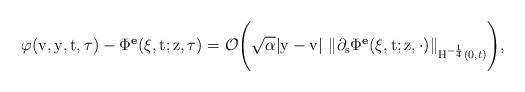
LaTeX: \begin{align*}\varphi(\mathrm{v},\mathrm{y},\mathrm{t}, \tau)-\Phi^{\textbf{e}}(\xi,\mathrm{t};\mathrm{z},\tau) = \mathcal{O}\Bigg(\sqrt{\alpha}|\mathrm{y}-\mathrm{v}| \ \Vert \partial_\mathrm{s}\Phi^{\textbf{e}}(\xi,\mathrm{t};\mathrm{z},\cdot)\Vert_{\mathrm{H}^{-\frac{1}{4}}(0,t)}\Bigg),\end{align*}